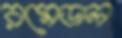
রমেডাল